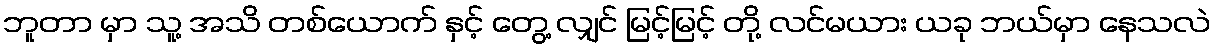
ဘူတာ မှာ သူ့ အသိ တစ်ယောက် နှင့် တွေ့ လျှင် မြင့်မြင့် တို့ လင်မယား ယခု ဘယ်မှာ နေသလဲ